Note on the mental hospitals in Burma - 1925-1940
Year: 1925
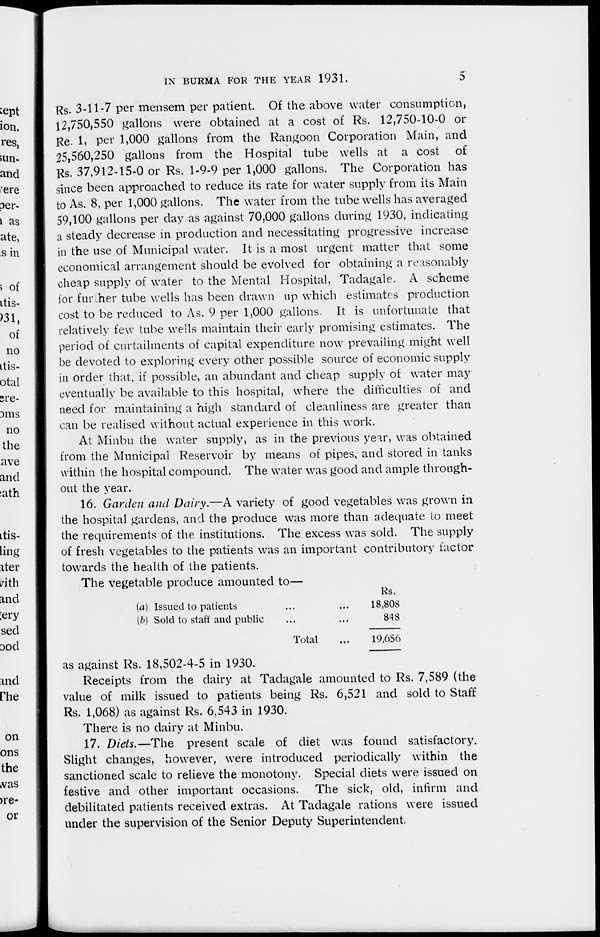
IN BURMA FOR THE YEAR 1931.
5
Rs. 3-11-7 per mensem per patient. Of the above water consumption,
12,750,550 gallons were obtained at a cost of Rs. 12,750-10-0 or
Re. 1, per 1,000 gallons from the Rangoon Corporation Main, and
25,560,250 gallons from the Hospital tube wells at a cost of
Rs. 37,912-15-0 or Rs. 1-9-9 per 1,000 gallons. The Corporation has
since been approached to reduce its rate for water supply from its Main
to As. 8, per 1,000 gallons. The water from the tube wells has averaged
59,100 gallons per day as against 70,000 gallons during 1930, indicating
a steady decrease in production and necessitating progressive increase
in the use of Municipal water. It is a most urgent matter that some
economical arrangement should be evolved for obtaining a reasonably
cheap supply of water to the Mental Hospital, Tadagale. A scheme
for further tube wells has been drawn up which estimates production
cost to be reduced to As. 9 per 1,000 gallons. It is unfortunate that
relatively few tube wells maintain their early promising estimates. The
period of curtailments of capital expenditure now prevailing might well
be devoted to exploring every other possible source of economic supply
in order that, if possible, an abundant and cheap supply of water may
eventually be available to this hospital, where the difficulties of and
need for maintaining a high standard of cleanliness are greater than
can be realised without actual experience in this work.
At Minbu the water supply, as in the previous year, was obtained
from the Municipal Reservoir by means of pipes, and stored in tanks
within the hospital compound. The water was good and ample through-
out the year.
16. Garden and Dairy.—A variety of good vegetables was grown in
the hospital gardens, and the produce was more than adequate to meet
the requirements of the institutions. The excess was sold. The supply
of fresh vegetables to the patients was an important contributory factor
towards the health of the patients.
The vegetable produce amounted to—
(a) Issued to patients ... ...
(b) Sold to staff and public ... ...
Total ...
Rs.
18,808
848
19,656
as against Rs. 18,502-4-5 in 1930.
Receipts from the dairy at Tadagale amounted to Rs. 7,589 (the
value of milk issued to patients being Rs. 6,521 and sold to Staff
Rs. 1,068) as against Rs. 6,543 in 1930.
There is no dairy at Minbu.
17. Diets.—The present scale of diet was found satisfactory.
Slight changes, however, were introduced periodically within the
sanctioned scale to relieve the monotony. Special diets were issued on
festive and other important occasions. The sick, old, infirm and
debilitated patients received extras. At Tadagale rations were issued
under the supervision of the Senior Deputy Superintendent.